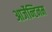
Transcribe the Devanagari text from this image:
आर्जेन्टिनम